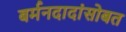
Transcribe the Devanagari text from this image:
बर्मनदादांसोबत